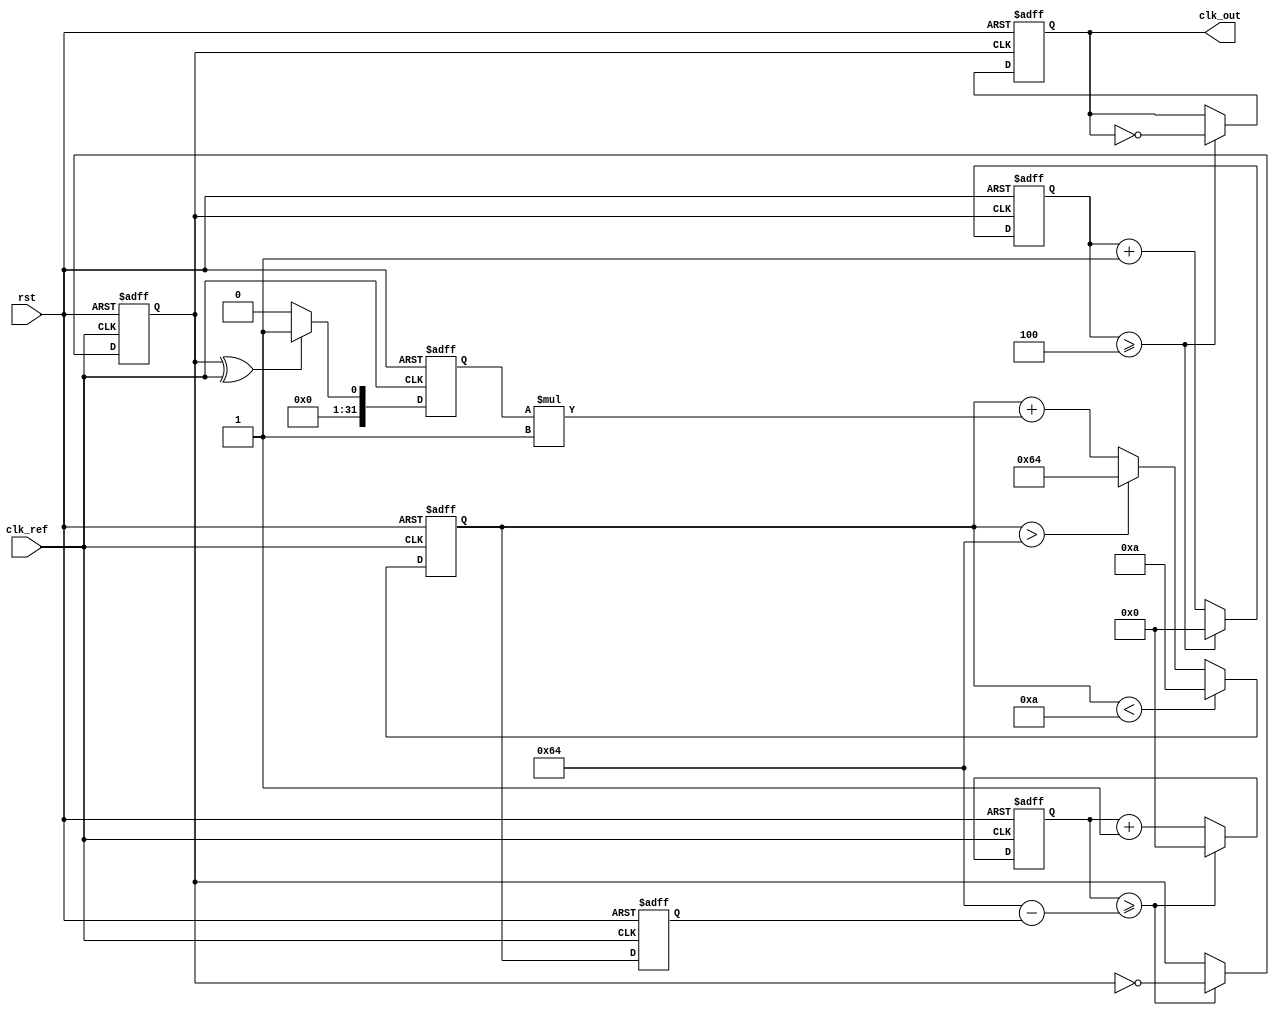
module PLL (
    input wire clk_ref,        // Reference clock input
    input wire rst,            // Reset signal
    output reg clk_out         // Output clock
);

// Parameters
parameter DIV_RATIO = 4;     // Frequency divider ratio
parameter VCO_MAX_FREQ = 100; // Maximum VCO frequency
parameter VCO_MIN_FREQ = 10;  // Minimum VCO frequency
parameter LOOP_FILTER_GAIN = 1; // Loop filter gain

// Internal signals
reg [31:0] phase_error;       // Phase error signal
reg [31:0] control_voltage;    // Control voltage from loop filter
reg [31:0] vco_freq;           // VCO frequency
reg [31:0] vco_counter;        // VCO counter
reg [31:0] divider_counter;    // Divider counter
reg vco_output;                // VCO output clock

// Phase Detector (XOR-based)
always @(posedge clk_ref or posedge rst) begin
    if (rst) begin
        phase_error <= 0;
    end else begin
        // Simulate phase detection by comparing reference clock and feedback clock
        phase_error <= (vco_output ^ clk_ref) ? 1 : 0; // Simple XOR phase detector
    end
end

// Loop Filter (Simple Integrator)
always @(posedge clk_ref or posedge rst) begin
    if (rst) begin
        control_voltage <= 0;
    end else begin
        control_voltage <= control_voltage + (phase_error * LOOP_FILTER_GAIN);
        // Clamp control voltage to VCO frequency limits
        if (control_voltage > VCO_MAX_FREQ) control_voltage <= VCO_MAX_FREQ;
        if (control_voltage < VCO_MIN_FREQ) control_voltage <= VCO_MIN_FREQ;
    end
end

// Voltage-Controlled Oscillator (VCO)
always @(posedge clk_ref or posedge rst) begin
    if (rst) begin
        vco_freq <= VCO_MIN_FREQ;
        vco_counter <= 0;
        vco_output <= 0;
    end else begin
        vco_freq <= control_voltage; // Set VCO frequency based on control voltage
        vco_counter <= vco_counter + 1;
        if (vco_counter >= (100 - vco_freq)) begin
            vco_output <= ~vco_output; // Toggle output based on VCO frequency
            vco_counter <= 0;
        end
    end
end

// Frequency Divider
always @(posedge vco_output or posedge rst) begin
    if (rst) begin
        divider_counter <= 0;
        clk_out <= 0;
    end else begin
        divider_counter <= divider_counter + 1;
        if (divider_counter >= DIV_RATIO) begin
            clk_out <= ~clk_out; // Toggle output clock
            divider_counter <= 0;
        end
    end
end

endmodule